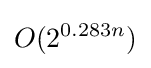
O(2^{0.283n})